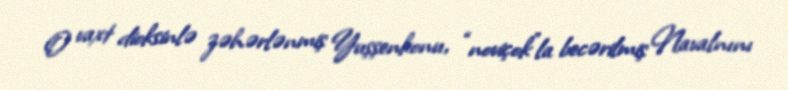
O vaxt dioksinlə zəhərlənmiş Yuşşenkonu, “noviçok”la becərilmiş Navalnını